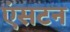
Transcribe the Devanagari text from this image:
एंसटन